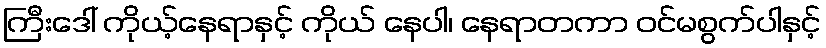
ကြီးဒေါ် ကိုယ့်နေရာနှင့် ကိုယ် နေပါ၊ နေရာတကာ ဝင်မစွက်ပါနှင့်